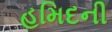
હમિદની